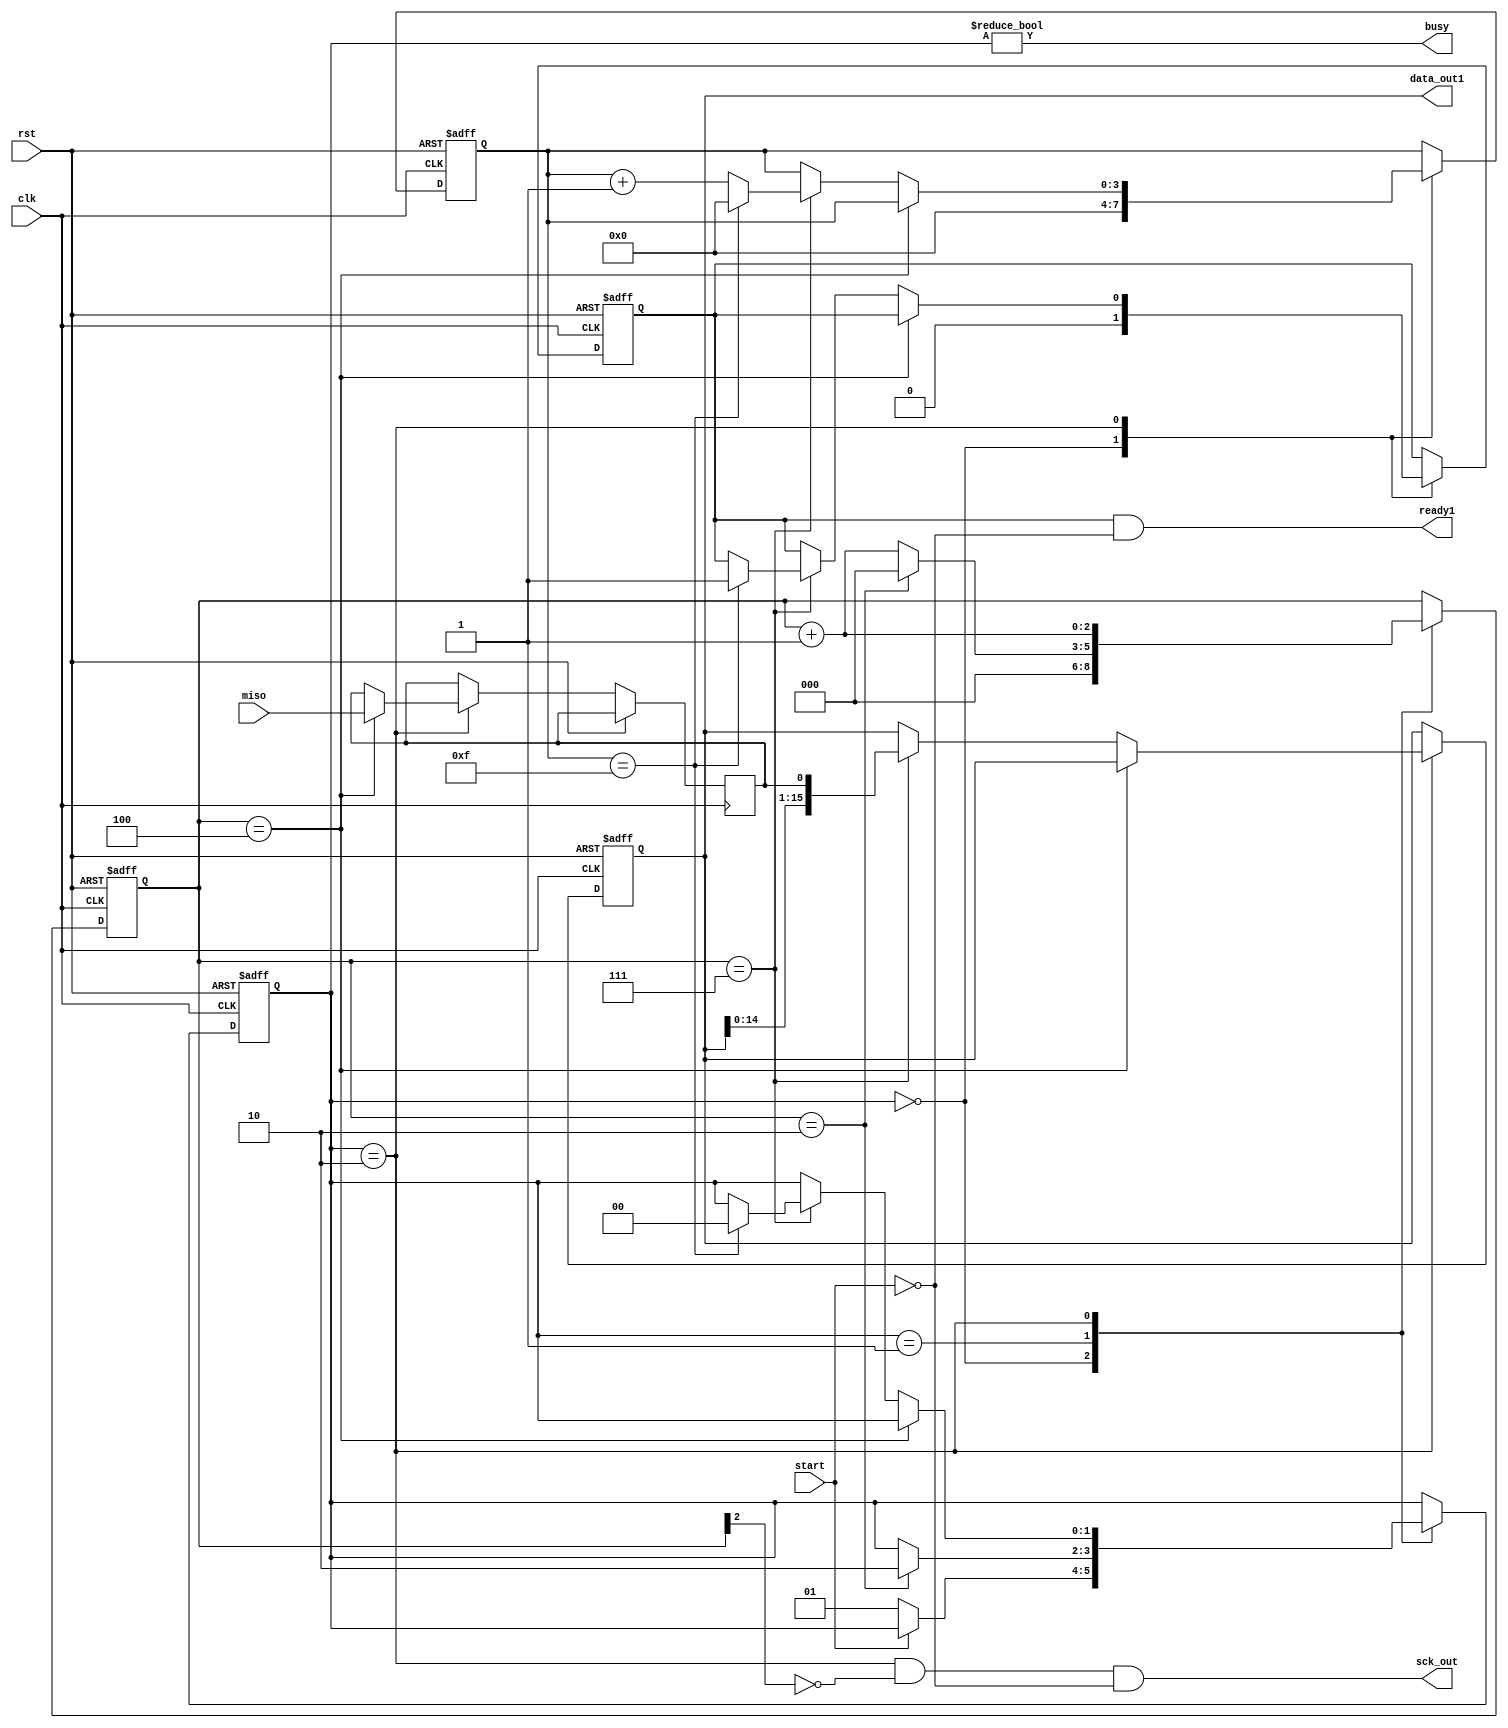
`timescale 1ns / 1ps
//////////////////////////////////////////////////////////////////////////////////
// Company: 
// 
// Design Name:    
// Module Name:    Master2 
// Project Name: 
// Target Devices: 
// Tool versions: 
// Description: 
// mdulo master para protocolo spi para PMOD AD1
// Dependencies: 
// 
// Revision: 
// Revision 0.01 - File Created
// Additional Comments: 
//
//////////////////////////////////////////////////////////////////////////////////
module Master2( input wire clk, rst,start, miso, output  ready1, output wire busy, sck_out, output [15:0] data_out1
    );


	 

	 
// seales a usar 

reg [1:0] estado, estado_sig; // registros para los estados
reg [15:0] data_out, data_out_sig; // registros para las datos de salida 16bits
reg [3:0] contador,contador_sig; //contador para obtener los 16 datos provenientes del adc
reg ready, ready_sig; // registros que indican si los datos estn listos o no 
reg [2:0]  sck,sck_sig; //para contar hasta 4
reg miso1,miso_sig; // registros para guardar el dato que viene del ADC




localparam 	IDLE = 2'b00, //nombres para los estados de la mquina
            ESPERA = 2'b01,
            TRANSFERENCIA = 2'b10;

// asignaciones a las salidas 
   
	 assign busy= estado!=IDLE; // bandera que indica cuando la mquina esta realizando algun conteo 
	 assign sck_out= (estado==TRANSFERENCIA) & (~sck[2]) & ~start; /* reloj de salida a 12.5MHz, si la mquina se encuentra en el estado para transferir
	 dependera del conteo que se realize con sck el cual cuenta 4 ciclos del reloj general 100MHz para cambiar de estado y as despues de 8 ciclos se genera el reloj que se desea*/
    assign ready1=ready&~start; //indica cuando el dato completo esta listo 
	 assign data_out1 = data_out; // asignacin de los datos de salida 
	 
	  
	 

//lgica para FSM
   always @(posedge clk or posedge rst) begin
        if (rst) begin
				estado = IDLE;
				data_out = 16'b0;
            contador= 4'b0;
				ready=0;
				sck=0;
				
				 
        end else begin
				ready=ready_sig;
				data_out=data_out_sig;
            estado =estado_sig;
				contador=contador_sig ;
				sck=sck_sig;
				miso1=miso_sig;
          
        end
    end


// logica

always @(*) begin
		miso_sig=miso1;
      estado_sig = estado;
      data_out_sig = data_out;
		contador_sig =contador;
		ready_sig=ready;
		sck_sig=sck;
        case (estado)
            IDLE: begin
					 sck_sig=0;
					 ready_sig = 1'b0;
                contador_sig = 4'b0;
						if (start == 1'b0) 
							begin
								estado_sig = ESPERA;
							end
						
						end
           ESPERA: begin
				
                sck_sig=sck+1'b1;
                if (sck == 3'd2) // tiempo de espera para iniciar el reloj  12.5MHz
						begin
                    sck_sig = 2'b0;
                    estado_sig = TRANSFERENCIA;
						end
					
            end
            TRANSFERENCIA: begin	
					 sck_sig=sck+1'b1;
                
                if (sck == 3'd4) // espera 4 ciclos de reloj general para cambiar de estado el sck, flanco de bajada 
						begin					
								miso_sig=miso; // toma el dato en el flanco de bajada CPOL = 0 y CPHA = 1
						end
                else if (sck == 3'd7) // espera otros 4 ciclos y cambia de estado el sck, flanco de subida 
						begin
						
						contador_sig = contador + 1'b1;
						data_out_sig = {data_out[14:0], miso1}; // concatena el dato en flanco de subida CPOL = 0 y CPHA = 1
						
						if(contador==4'd15)begin // cuenta l6 ciclos para obtener todos los datos que suministra el ADC 
						estado_sig = IDLE;
						contador_sig=0;
						ready_sig = 1'b1; //indica que el dato ya esta listo 
						end
						  
                    end
                end
           
        endcase
    end
     
   






endmodule